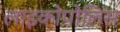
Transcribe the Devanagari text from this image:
लाइकोपोलिस